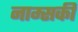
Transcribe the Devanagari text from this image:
नाम्सकी